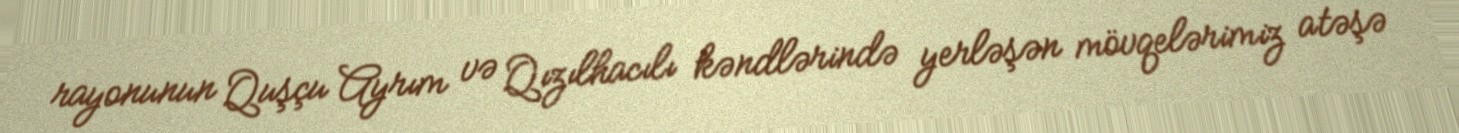
rayonunun Quşçu Ayrım və Qızılhacılı kəndlərində yerləşən mövqelərimiz atəşə